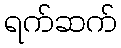
ရက်ဆက်